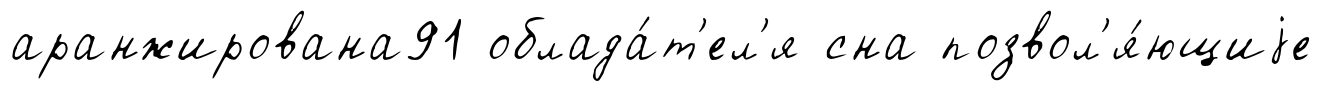
аранжирована91 облада́т'ел'я сна позвол'я́ющиjе